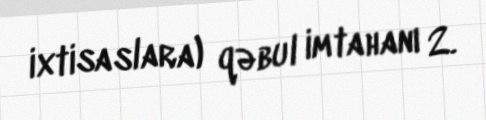
ixtisaslara) qəbul imtahanı 2.